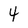
Character: 4